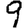
Digit: 9